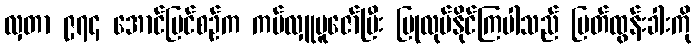
လှတာ ၉၇၄ အောင်မြင်စဉ်က ကပ်လှူပူဇော်ပြီး ပြုလုပ်နိုင်ကြပါသည် မြတ်ထွန်းခါးကို